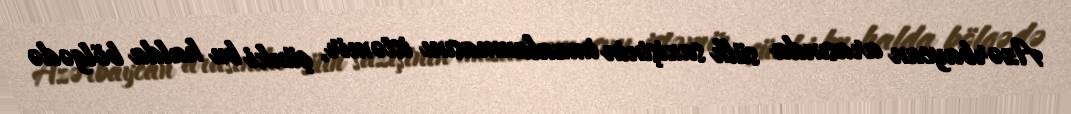
Azərbaycan arasında sülh sazişinin imzalanmasını istəmir, çünki bu halda bölgədə